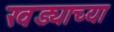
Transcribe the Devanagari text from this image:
खड्याच्या